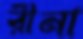
রীনা